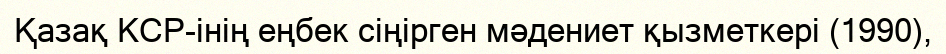
Қазақ КСР-інің еңбек сіңірген мәдениет қызметкері (1990),